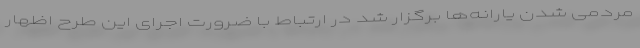
مردمی شدن یارانه‌ها برگزار شد در ارتباط با ضرورت اجرای این طرح اظهار